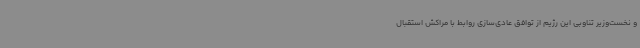
و نخست‌وزیر تناوبی این رژیم از توافق عادی‌سازی روابط با مراکش استقبال